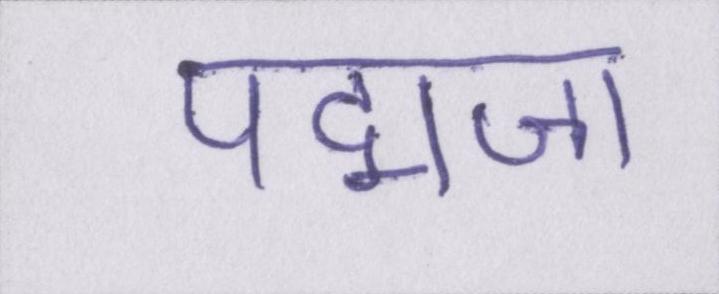
पद्मजा